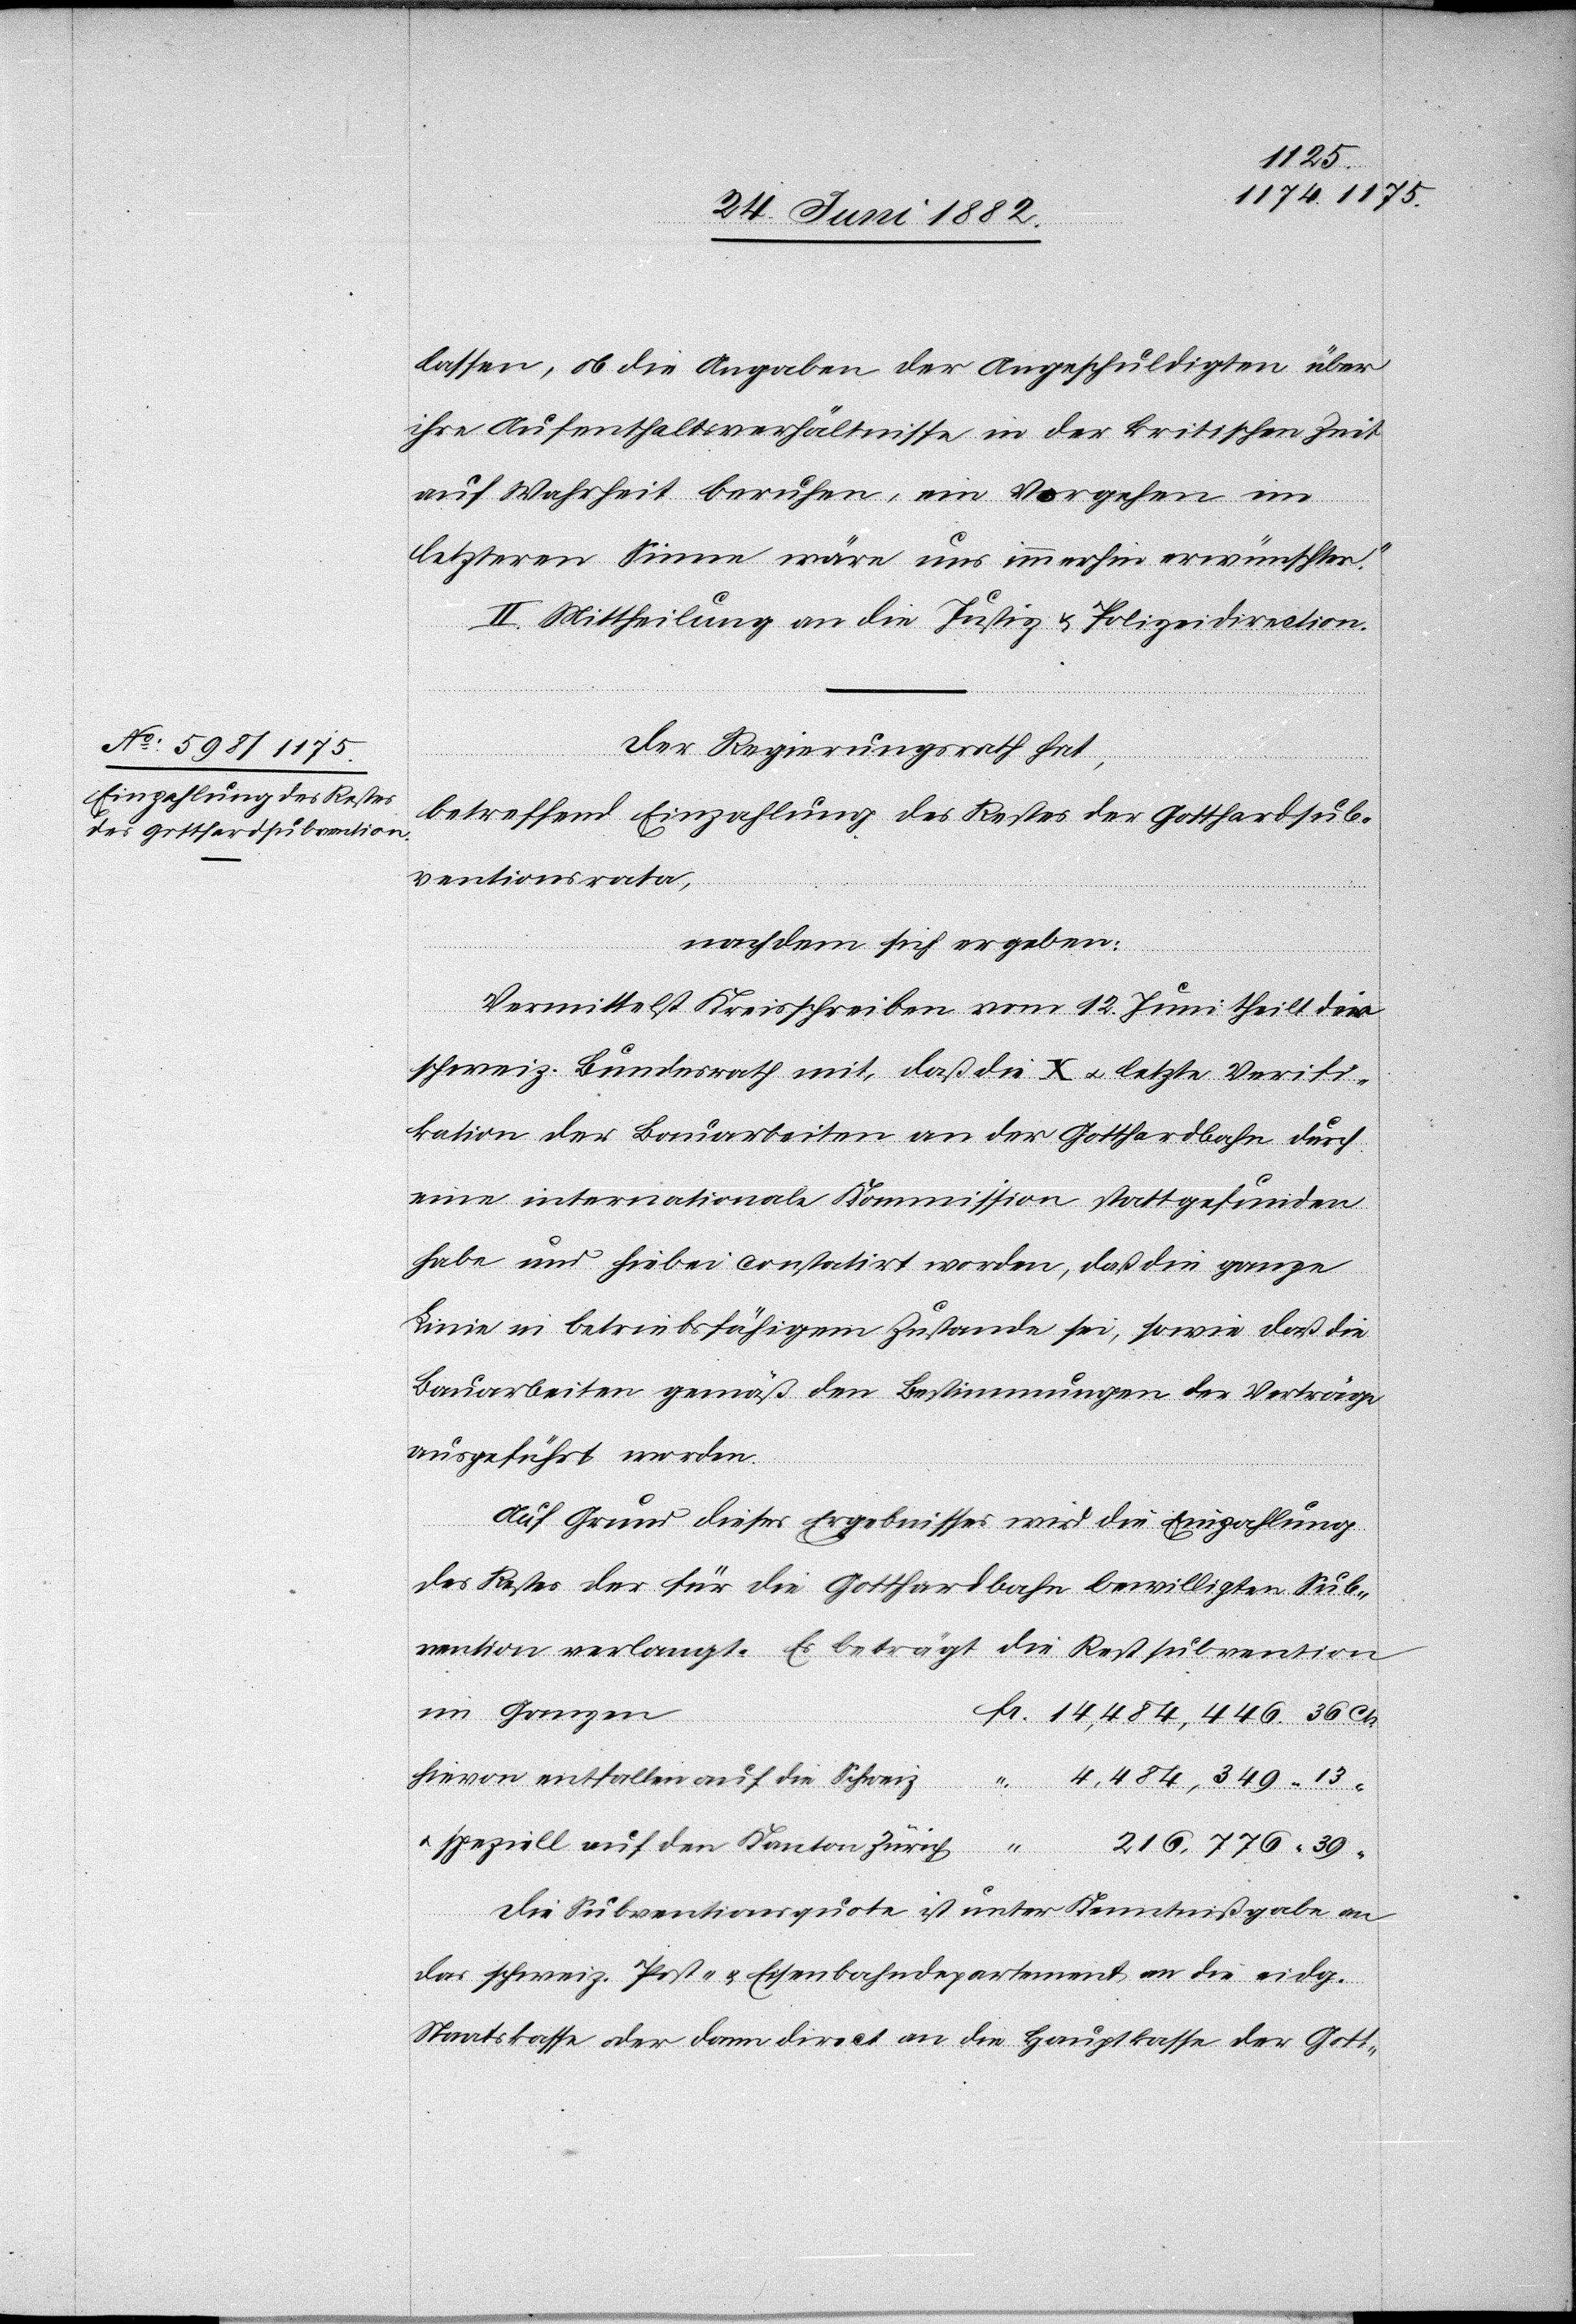
lassen, ob die Angaben der Angeschuldigten über
ihre Aufenthaltsverhältnisse in der kritischen Zeit
auf Wahrheit beruhen, ein Vorgehen im
letztern Sinne wäre uns immerhin wünschbar.“
II. Mittheilung an die Justiz- & Polizeidirection.
Der Regierungsrath hat,
Fr.
betreffend Einzahlung des Restes der Gotthardsub¬
ventionsrata,
nachdem sich ergeben:
Vermittelst Kreisschreiben vom 12. Juni theilt der
schweiz. Bundesrath mit, daß die X u. letzte Verifi¬
kation der Bauarbeiten an der Gotthardbahn durch
eine internationale Kommission stattgefunden
habe und hiebei [sei] constatirt worden, daß die ganze
Linie in betriebsfähigem Zustande sei, sowie daß die
Bauarbeiten gemäß den Bestimmungen der Verträge
ausgeführt worden
Auf Grund dieses Ergebnisses wird die Einzahlung
des Restes der für die Gotthardbahn bewilligten Sub¬
vention verlangt. Es beträgt die Restsubvention
im Ganzen
hievon entfallen auf die Schweiz
4,484,349
u. speziell auf den Kanton Zürich
Cts.
Die Subventionsquote ist unter Kenntnißgabe an
das schweiz. Post- u. Eisenbahndepartement an die eidg.
Staatskasse oder dann direct an die Hauptkasse der Gott-